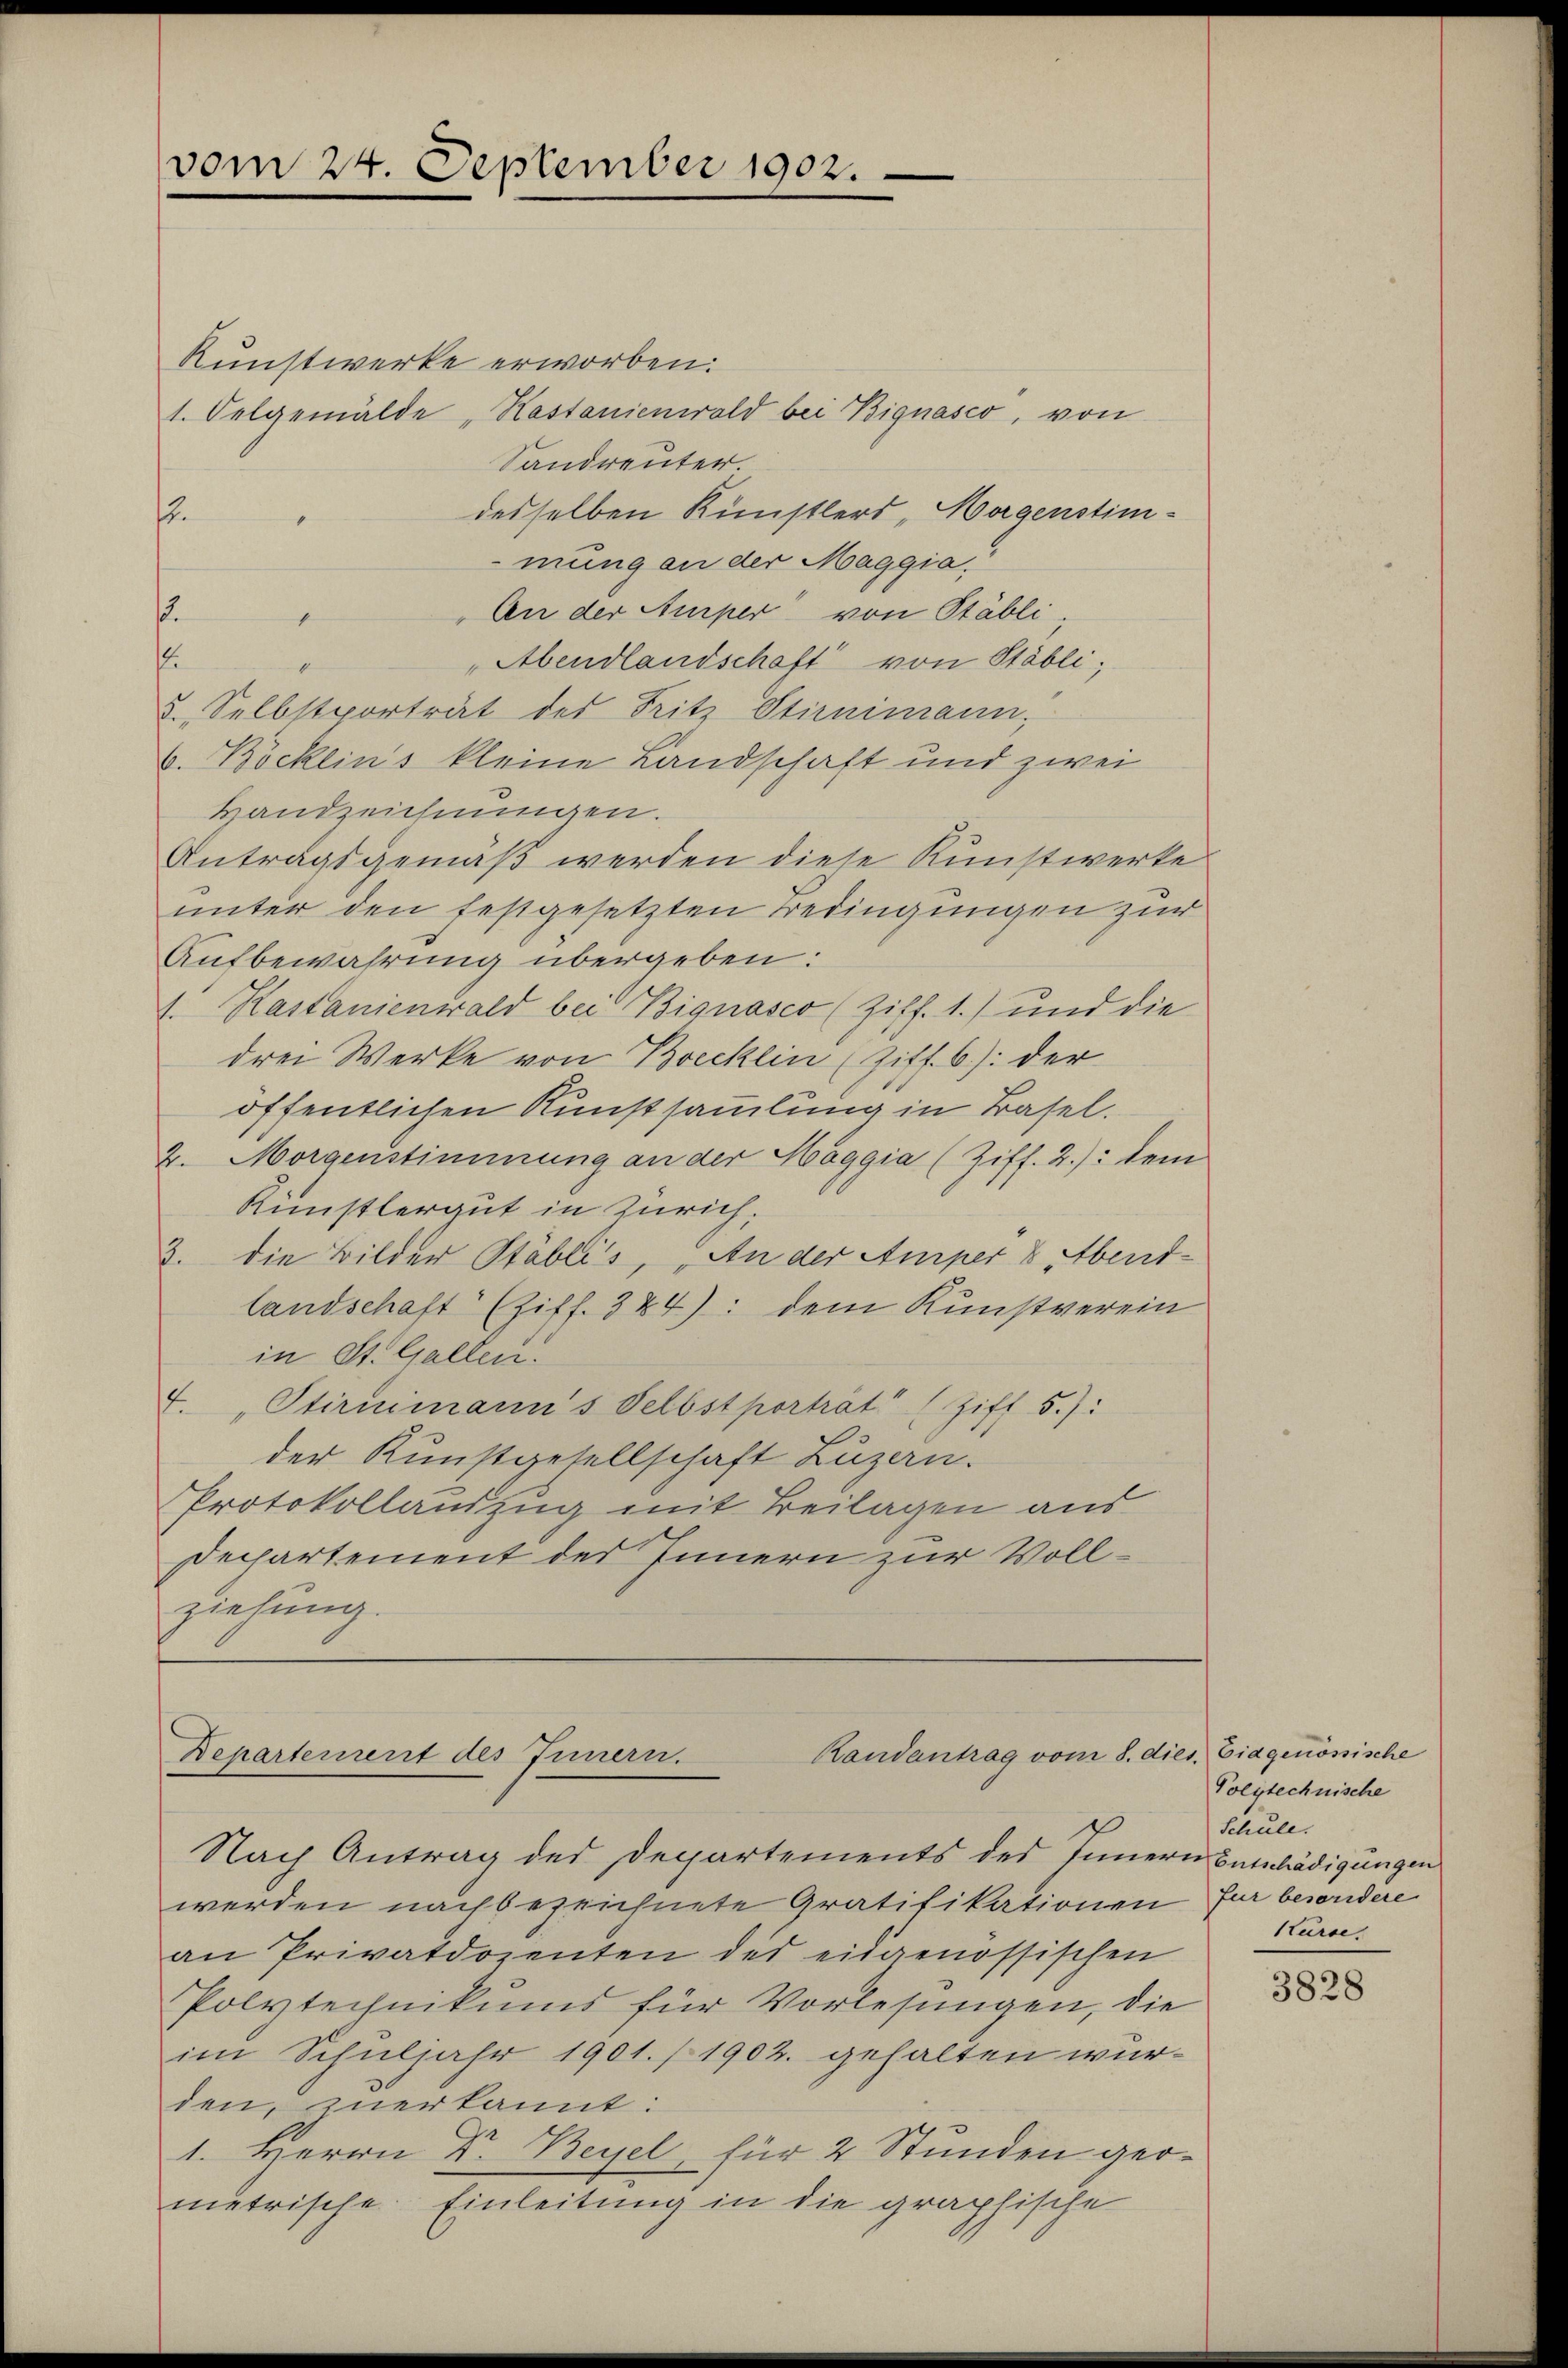
vom 24. September 1902.

Runstwerke erworben.
1. Selgemälde „Kastanienwald bei Bignasco, von
Sandreuter.
desselben Künstlers „Morgenstimf
mung an der Maggia,
An der Amrper von Stäbli,
f
d
f
" Abendlandschaft von Stäbli;
2. Selbstporträt des Fritz Stirnimann,
b. Böcklin's kleine Landschaft und zwei
Handzeichnungen.
Antragsgemäß werden diese Kunstwerke
unter den festgesetzten Bedingungen zur
Aufbewahrung übergeben:
1. Kastanienwald bei Bignasco (Ziff. 1.) und die
drei Werke von Brecklin (Ziff. 6.): der
öffentlichen Kunstsammlung in Basel.
2. Morgenstimmung an der Maggia (Ziff. 2.): dem
Künstlergut in Zürich.
3. die Bilder Stablis, An der Amper 8. Abendlandschaft (Ziff. 384): dem Kunstverein
in St. Gallen.
.
"Stirnimanns Selbstporträt“ (Ziff 5.):
der Kunstgesellschaft Luzern.
Protokollauszug mit Beilagen aus
Dechartement des Innern zur Vollziehung.

Randantrag vom 8. die
Departement des Innern.

Nach Antrag der Departements des Innern Betschädigungen
werden nachbezeichnete Gratifikationen für besondere
an Privatdozenten des eidgenössischen
Polytechnikums für Vorlesungen, die
im Schuljahr 1901. /1902. gehalten wurden, zuerkannt:
1. Herrn Dr. Beyel, für 2 Stunden geometrische Einleitung in die graphische

Eidgenössische
21.
Polytechnische
Schule.
Kurse.

3828